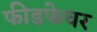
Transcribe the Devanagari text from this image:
फीडफेचर